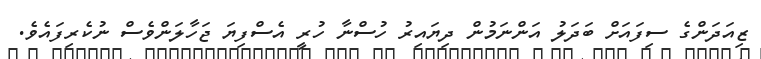
ޒިއަދަންގެ ސިފައަށް ބަދަލު އަންނަމުން ދިޔައިރު ހުސްނާ ހުރީ އެސްފިޔަ ޖަހާލަންވެސް ނުކެރިފައެވެ.